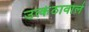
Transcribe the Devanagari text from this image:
उत्कंठावाले